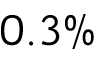
0 . 3 \%